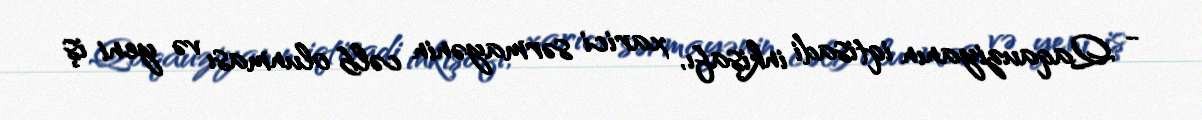
- Qaqauziyanın iqtisadi inkişafı, xarici sərmayənin cəlb olunması və yeni iş